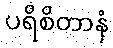
ပရိစိတာနံ